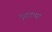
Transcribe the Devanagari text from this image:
पुटटप्पा